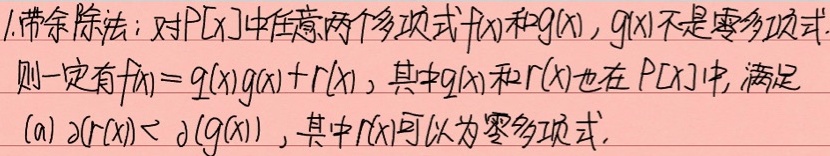
1. 带余除法：对\(P[x]\)中任意两个多项式\(f(x)\)和\(g(x)\)，\(g(x)\)不是零多项式.
则一定有\(f(x)=q(x)g(x)+r(x)\)，其中\(q(x)\)和\(r(x)\)也在\(P[x]\)中，满足
(a) \(\partial(r(x))< \partial(g(x))\)，其中\(r(x)\)可以为零多项式.